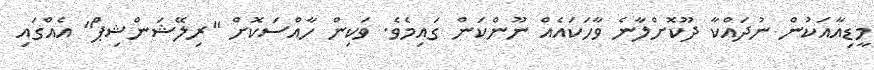
މީޑިއާއަކުން ނުދައްކާ ދޫކޮށްލާނެ ވާހަކައެއް ނޫންކަން ގައިމެވެ. ވަކިން ހާއްސަކޮށް "ރިލޭޝަންޝިޕް" އެއްގައި